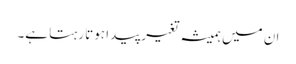
ان میں ہمیشہ تغیر پیدا ہوتا رہتا ہے۔